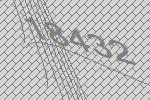
18432